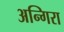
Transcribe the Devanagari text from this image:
अन्गिरा